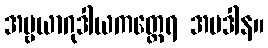
အမ္ဗယာဂုဒါယကတ္ထေရ အပဒါန။